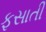
ફસાતી